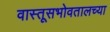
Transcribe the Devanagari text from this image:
वास्तूसभोवतालच्या